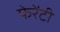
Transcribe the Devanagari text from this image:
फेरेंटी